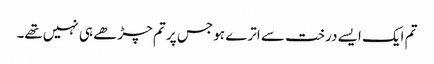
تم ایک ایسے درخت سے اترے ہو جس پر تم چڑھے ہی نہیں‌تھے۔